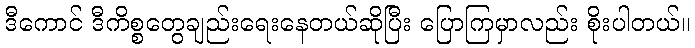
ဒီကောင် ဒီကိစ္စတွေချည်းရေးနေတယ်ဆိုပြီး ပြောကြမှာလည်း စိုးပါတယ်။